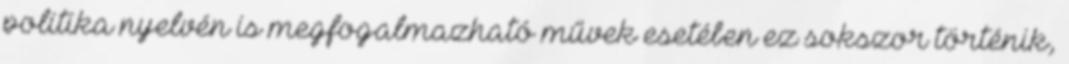
politika nyelvén is megfogalmazható művek esetében ez sokszor történik,